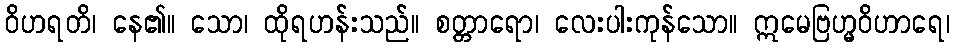
ဝိဟရတိ၊ နေ၏။ သော၊ ထိုရဟန်းသည်။ စတ္တာရော၊ လေးပါးကုန်သော။ ဣမေဗြဟ္မဝိဟာရေ၊